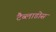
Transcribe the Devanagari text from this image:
टैब्लाडोस